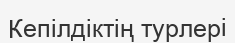
Кепілдіктің турлері